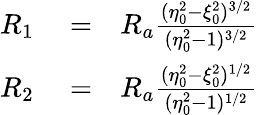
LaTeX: \begin{array}{rlr}{R_{1}}&{{}=}&{R_{a}\frac{(\eta_{0}^{2}-\xi_{0}^{2})^{3/2}}{(\eta_{0}^{2}-1)^{3/2}}}\\ {R_{2}}&{{}=}&{R_{a}\frac{(\eta_{0}^{2}-\xi_{0}^{2})^{1/2}}{(\eta_{0}^{2}-1)^{1/2}}}\end{array}